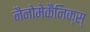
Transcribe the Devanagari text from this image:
नैनोमेकैनिक्स्